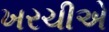
ખરચીએ